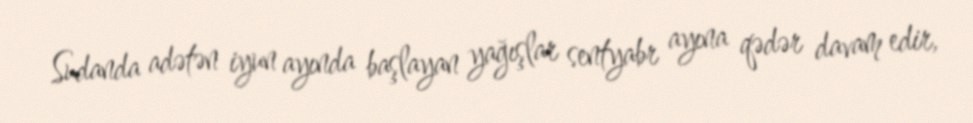
Sudanda adətən iyun ayında başlayan yağışlar sentyabr ayına qədər davam edir,